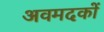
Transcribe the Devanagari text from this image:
अवमदकों